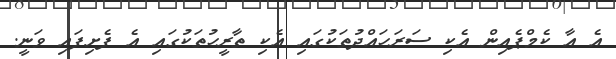
އެ އާ ކެމްޕެއިން އެކި ސަރަހައްދުތަކުގައި އެކި ތާރީހުތަކުގައި އެ ފެށިފައި ވަނީ.